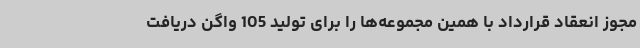
مجوز انعقاد قرارداد با همین مجموعه‌ها را برای تولید 105 واگن دریافت